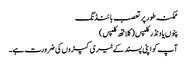
ممکنہ طور پر تعصب بائنڈنگ
پنوں یا ونڈر کلپس (کلاتھ کلپس)
آپ کو اپنی پسند کے ٹیری کپڑوں کی ضرورت ہے۔